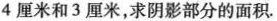
4厘米和3厘米，求阴影部分的面积.